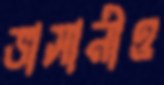
ভাসানীও